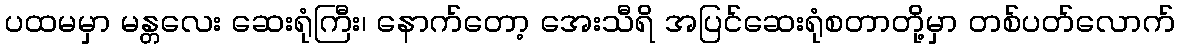
ပထမမှာ မန္တလေး ဆေးရုံကြီး၊ နောက်တော့ အေးသီရိ အပြင်ဆေးရုံစတာတို့မှာ တစ်ပတ်လောက်